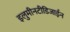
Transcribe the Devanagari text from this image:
इलुमीनटीडिजाईन